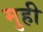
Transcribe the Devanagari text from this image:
मुही